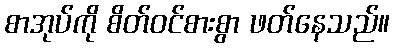
စာအုပ်ကို စိတ်ဝင်စားစွာ ဖတ်နေသည်။